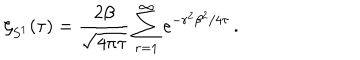
\zeta _ { S ^ { 1 } } ( \tau ) = { \frac { 2 \beta } { \sqrt { 4 \pi \tau } } } \sum _ { r = 1 } ^ { \infty } e ^ { - r ^ { 2 } \beta ^ { 2 } / 4 \tau } \, .